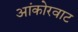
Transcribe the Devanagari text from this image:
आंकोरवाट